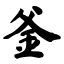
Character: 釜